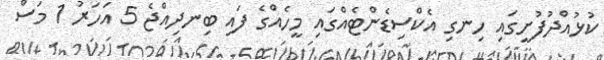
ކުޅުއްދުފުށީގައި ހިނގި އެކްސިޑެންޓެއްގައި މީހެއްގެ ފައި ބިނދިއްޖެ 5 އަހަރު 1 މަސް